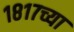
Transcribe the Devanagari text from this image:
१८१७च्या